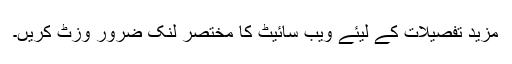
مزید تفصیلات کے لیئے ویب سائیٹ کا مختصر لنک ضرور وزٹ کریں۔